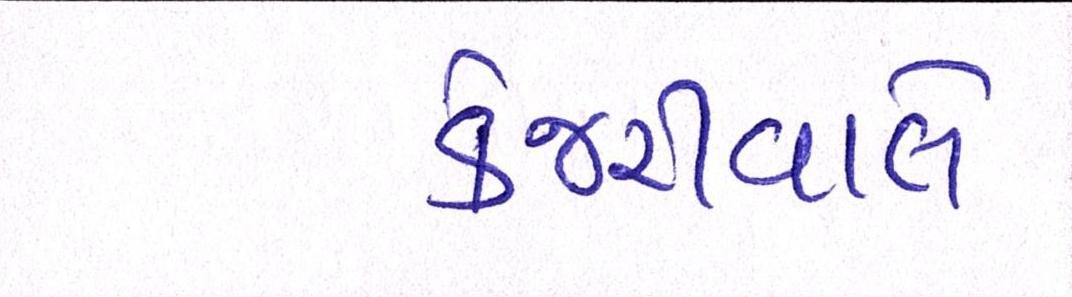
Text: કેજરીવાલે